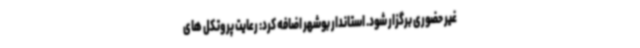
غیر حضوری برگزار شود. استاندار بوشهر اضافه کرد: رعایت پروتکل های